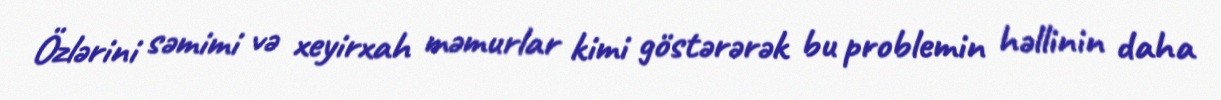
Özlərini səmimi və xeyirxah məmurlar kimi göstərərək bu problemin həllinin daha